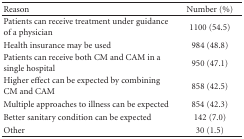
<table><thead><tr><td><b>Reason</b></td><td><b>Number (%)</b></td></tr></thead><tbody><tr><td>Patients can receive treatment under guidance of a physician</td><td>1100 (54.5)</td></tr><tr><td>Health insurance may be used</td><td>984 (48.8)</td></tr><tr><td>Patients can receive both CM and CAM in a single hospital</td><td>950 (47.1)</td></tr><tr><td>Higher effect can be expected by combining CM and CAM</td><td>858 (42.5)</td></tr><tr><td>Multiple approaches to illness can be expected</td><td>854 (42.3)</td></tr><tr><td>Better sanitary condition can be expected</td><td>142 (7.0)</td></tr><tr><td>Other</td><td>30 (1.5)</td></tr></tbody></table>